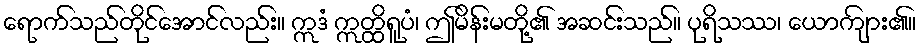
ရောက်သည်တိုင်အောင်လည်း။ ဣဒံ ဣတ္ထိရူပံ၊ ဤမိန်းမတို့၏ အဆင်းသည်။ ပုရိသဿ၊ ယောကျ်ား၏။